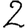
Digit: 2